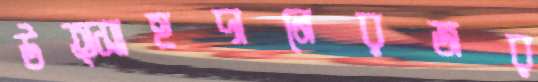
উত্সাহদানেরজর